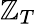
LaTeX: \mathbb{Z}_{T}